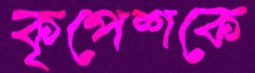
কৃপেশকে